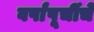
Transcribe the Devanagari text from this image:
वर्षांपूर्चीचे